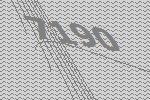
7190